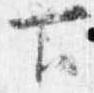
下